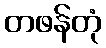
တဖန်တုံ